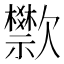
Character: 𬅴